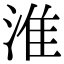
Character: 淮